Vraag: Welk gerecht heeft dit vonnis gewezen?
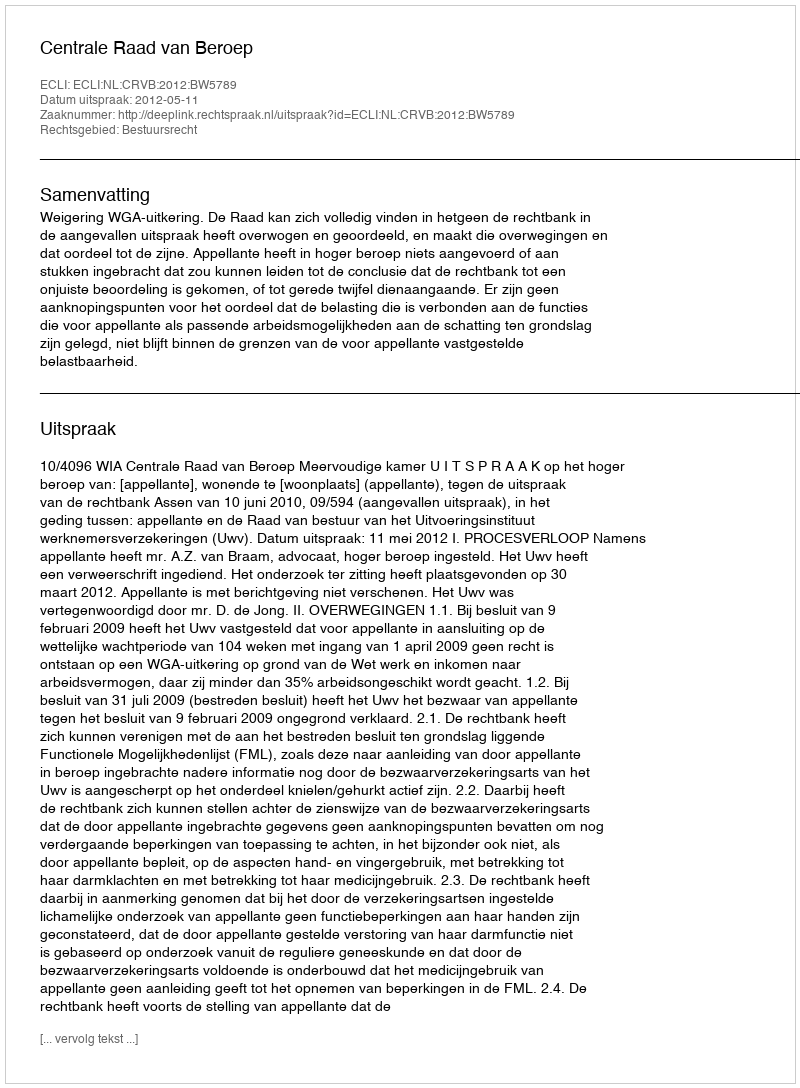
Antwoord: Centrale Raad van Beroep